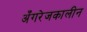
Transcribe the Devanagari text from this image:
अँगरेजकालीन